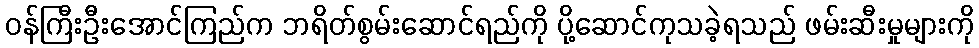
ဝန်ကြီးဦးအောင်ကြည်က ဘရိတ်စွမ်းဆောင်ရည်ကို ပို့ဆောင်ကုသခဲ့ရသည် ဖမ်းဆီးမှုများကို